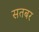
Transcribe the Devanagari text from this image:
सतबर